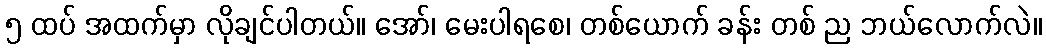
၅ ထပ် အထက်မှာ လိုချင်ပါတယ်။ အော်၊ မေးပါရစေ၊ တစ်ယောက် ခန်း တစ် ည ဘယ်လောက်လဲ။